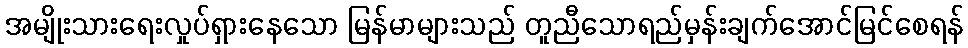
အမျိုးသားရေးလှုပ်ရှားနေသော မြန်မာများသည် တူညီသောရည်မှန်းချက်အောင်မြင်စေရန်